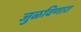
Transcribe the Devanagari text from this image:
जुळविणारा